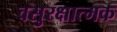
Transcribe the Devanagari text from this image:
वसुरक्षात्मक